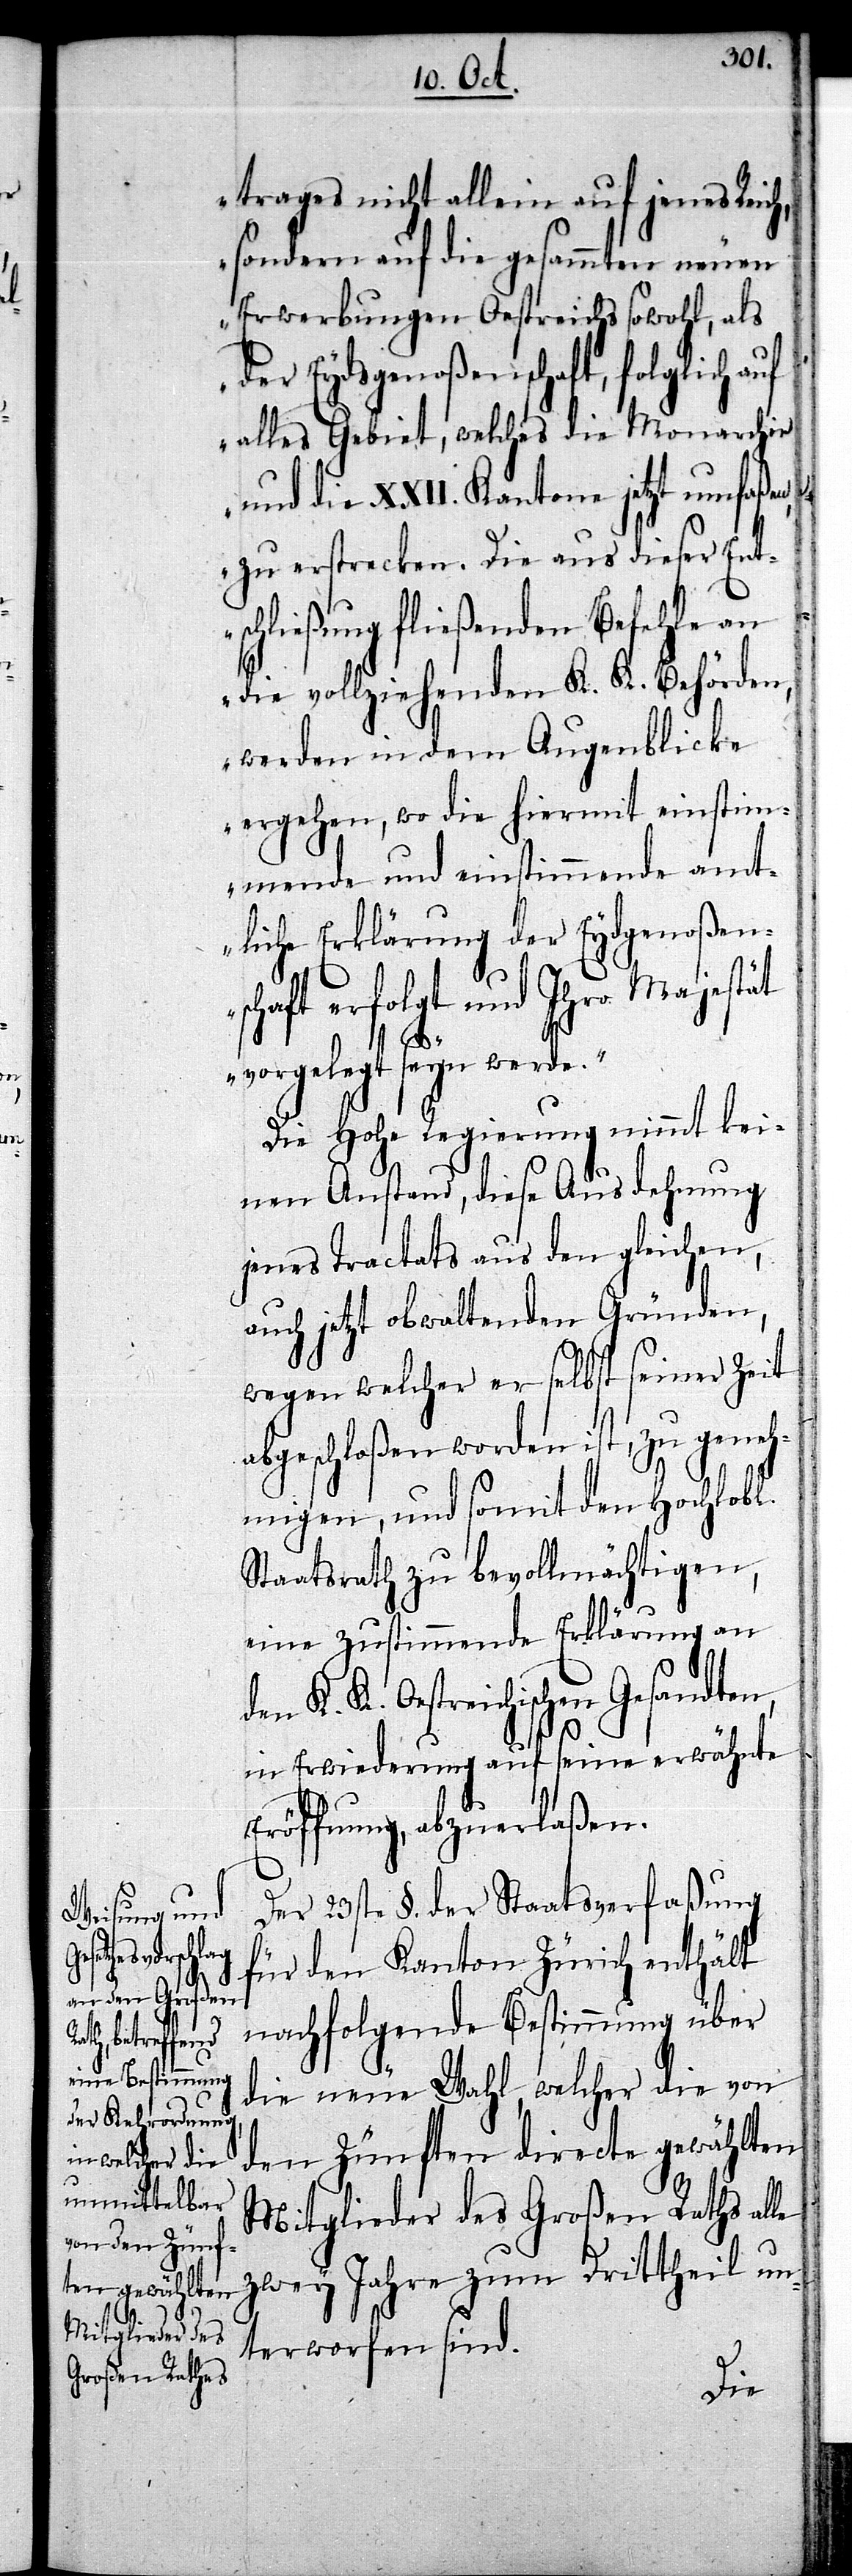
n,
le

trages nicht allein auf jenes Reich,
sondern auf die gesammten neuen
Erwerbungen Oestreichs sowohl, als
der Eydsgenoßenschaft, folglich auf
alles Gebiet, welches die Monarchie
und die XXII. Kantone jetzt umfaßen,
zu erstrecken. Die aus dieser Ent¬
schließung fließenden Befehle an
die vollziehenden K. K. Behörden,
werden in dem Augenblicke
ergehen, wo die hiermit einstim¬
mende und einstimmende amt¬
liche Erklärung der Eydgenoßen¬
schaft erfolgt und Ihro
vorgelegt seyn werde.“
Die Hohe Regierung nimmt kei¬
nen Anstand, diese Ausdehnung
jenes Tractats aus den gleichen,
auch jetzt obwaltenden Gründen,
wegen welcher er selbst seiner Zeit
abgeschloßen worden ist, zu geneh¬
migen, und somit den Hochlobl.
Staatsrath zu bevollmächtigen,
eine zustimmende Erklärung an
K. K. Oestreichischen Gesandte¬
in Erwiederung auf seine erwähnte
Eröffnung, abzuerlaßen.
Der 23ste §. der Staatsverfaßung
für den Kanton Zürich enthält
nachfolgende Bestimmung über
die neue Wahl, welcher die von
den Zünften directe gewählten
Mitglieder des Großen Raths al¬
zwey Jahre zum Drittheil un¬
terworfen sind.